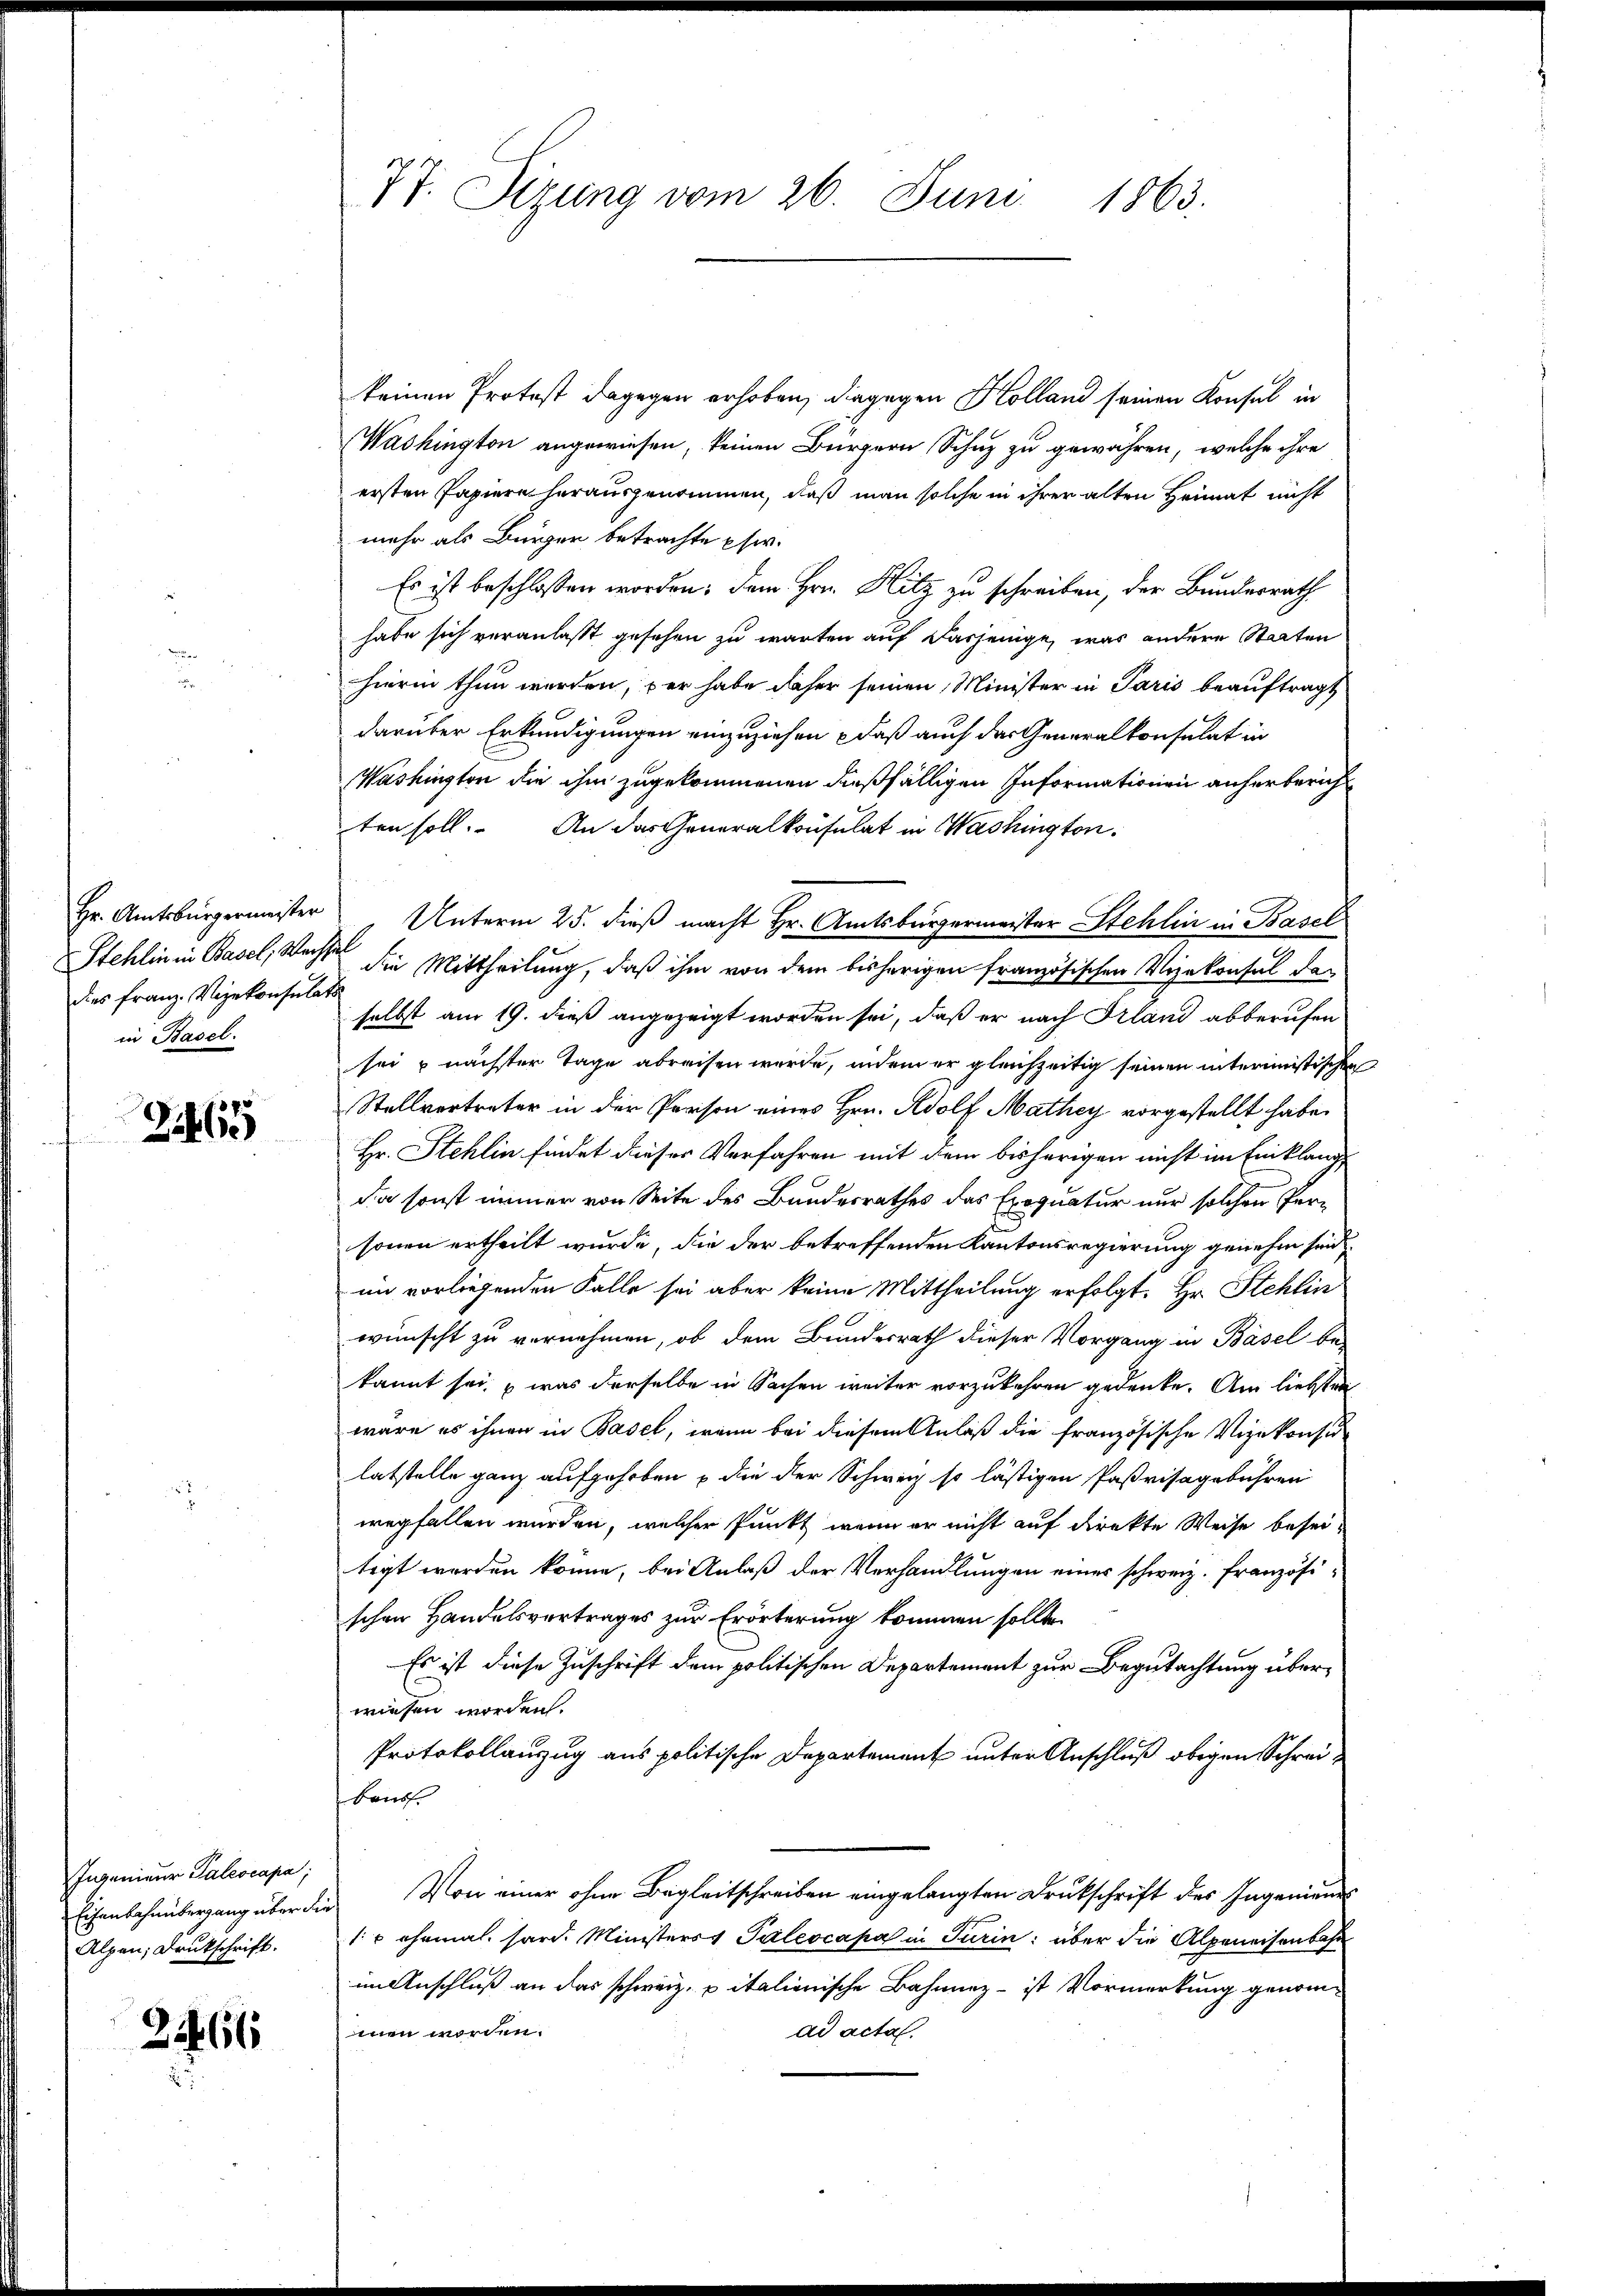
dies Franz. Vizekonsulats
in Basel.

Zihlic

keinen Protost dagegen erhoben, dagegen Kolland seinen Konsul in
Washington angewiesen, keinen Bürgern Schuz zu gewähren, welche ihre
ersten Papiere herausgenommen, daß man solche in ihrer alten Heimat nicht
mehr als Bürger betrachte phw.
Es ist beschlossen worden; dem Hrn. Hitz zu schreiben, der Bundesrath
habe sich veranlaßt gesehen zu warten auf dasjenige, was andere Staaten
hierin thun werden, per habe daher seinen Minister in Paris beauftragt
darüber Erkundigungen einzuziehen, daß auch der Generalkonsulat in
Washington die ihm zugekommenen dießfälligen Informationen anherberich
ten soll. An das Generalkonsulat in Washington
Hr. Amtsbürgermeister Unterm 25. dieß macht Hr. Amtsbürgermeister Stehlin in Basel
Stehlin in Basel, Wachte die Mittheilung, daß ihm von dem bisherigen französischen Vizekonsul der
selbst am 19. dieß angezeigt worden sei, daß er nach Frland abberufen
sei nächster Tage abreisen wurde, indem er gleichzeitig seinen interimistischen
Stellvertreter in der Person eines Hrn. Adolf Mathey vorgestellt habe.
Hr. Stehlin findet dieser Verfahren mit dem bisherigen nicht im Einklang
da sonst immer von Seite des Bundesrathes das Exequatur nur solchen Personen ertheilt wurde, die der betreffenden Kantonsregierung genehm sind
im vorliegenden Falle sei aber keine Mittheilung erfolgt. Hr. Stehlin
wünscht zu vernehmen, ob dem Bundesrath dieser Vorgang in Basel be-
kannt sei, was derselbe in Sachen weiter vorzukehren gedenke. Am liebsten
wäre es ihnen in Basel, wenn bei diesem Anlaß die französische Vizekonsu
latstelle ganz aufgehoben die der Schweiz so lästigen Paßrisagebühren
wegfallen würden, welcher Punkt, wenn er nicht auf direkte Weise beseitigt worden könne, bei Anlaß der Verhandlungen einer schweiz. Französi-
schen Handelsvertrages zur Erörterung kommen sollte.
Es ist diese Zuschrift dem politischen Departement zur Begutachtung überwiesen worden.
Protokollanzug aus politische Departement unter Anschluß obigen Schreibausf
Eisenbahnübergang über die Von einer ohne Begleitschreiben eingelangten Druckschrift des Ingenieurs
1r ehemal sard. Ministerst Paleocapa in Turin: über die Alpeneisenbahn
im Anschluß an das schweiz. pitalienische Bahnnez - ist Vormerkung genommnen worden.
ad acta.

Ingenieur Paleocapa;
Alpen, Druckschrift.

21466

77. Sizung vom 26. Juni 1863.